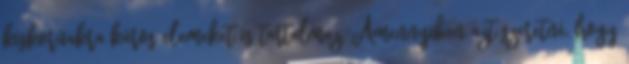
kiskorúakra káros elemeket is tartalmaz. Amennyiben azt szeretné, hogy